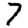
Digit: 7